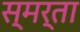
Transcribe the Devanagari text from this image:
स्मर्ता